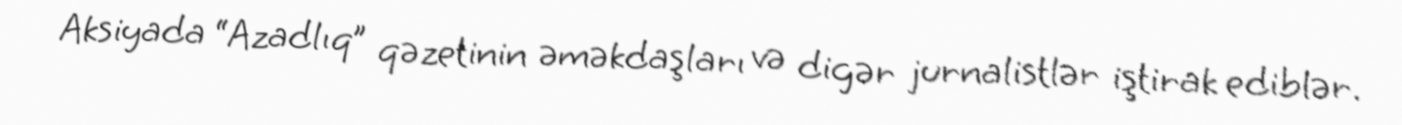
Aksiyada “Azadlıq” qəzetinin əməkdaşları və digər jurnalistlər iştirak ediblər.